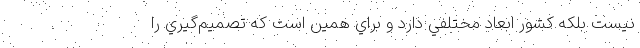
نيست بلكه كشور ابعاد مختلفي دارد و براي همين است كه تصميم‌گيري را